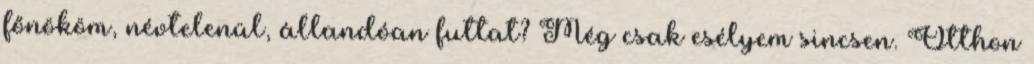
főnököm, névtelenül, állandóan futtat? Még csak esélyem sincsen. Otthon